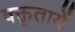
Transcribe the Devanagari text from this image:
वक्तृतायें